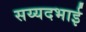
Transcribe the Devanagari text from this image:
सय्यदभाई